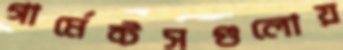
গার্মেন্টসগুলোয়